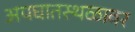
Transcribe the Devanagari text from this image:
अपघातस्थळावर